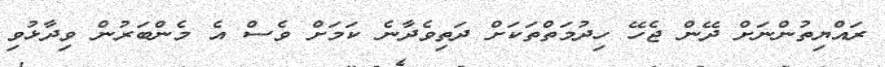
ރައްޔިތުންނަށް ދޭން ޖެހޭ ހިދުމަތްތަކަށް ދަތިވެދާނެ ކަމަށް ވެސް އެ މެންބަރުން ވިދާޅުވި